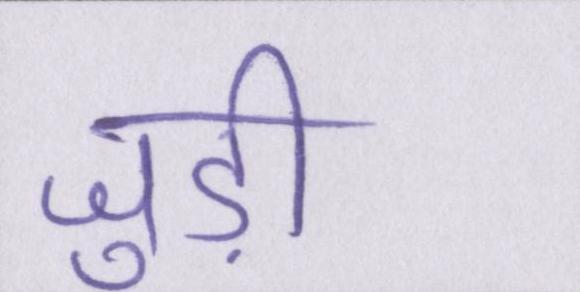
जुड़ी